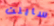
ساينت